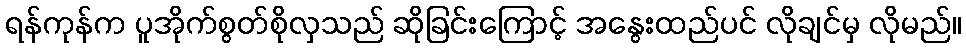
ရန်ကုန်က ပူအိုက်စွတ်စိုလှသည် ဆိုခြင်းကြောင့် အနွေးထည်ပင် လိုချင်မှ လိုမည်။